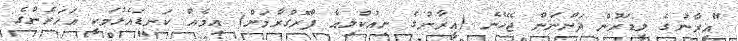
"އީރާނުގެ ލީޑަރުން ދަންނަން ޖެހޭނެ (އީރާނުގެ ނިއުކްލިއާ ޕްރޮގްރާމަށް) އިމެއް ކަނޑައެޅުމަކީ އަހަރެންގެ